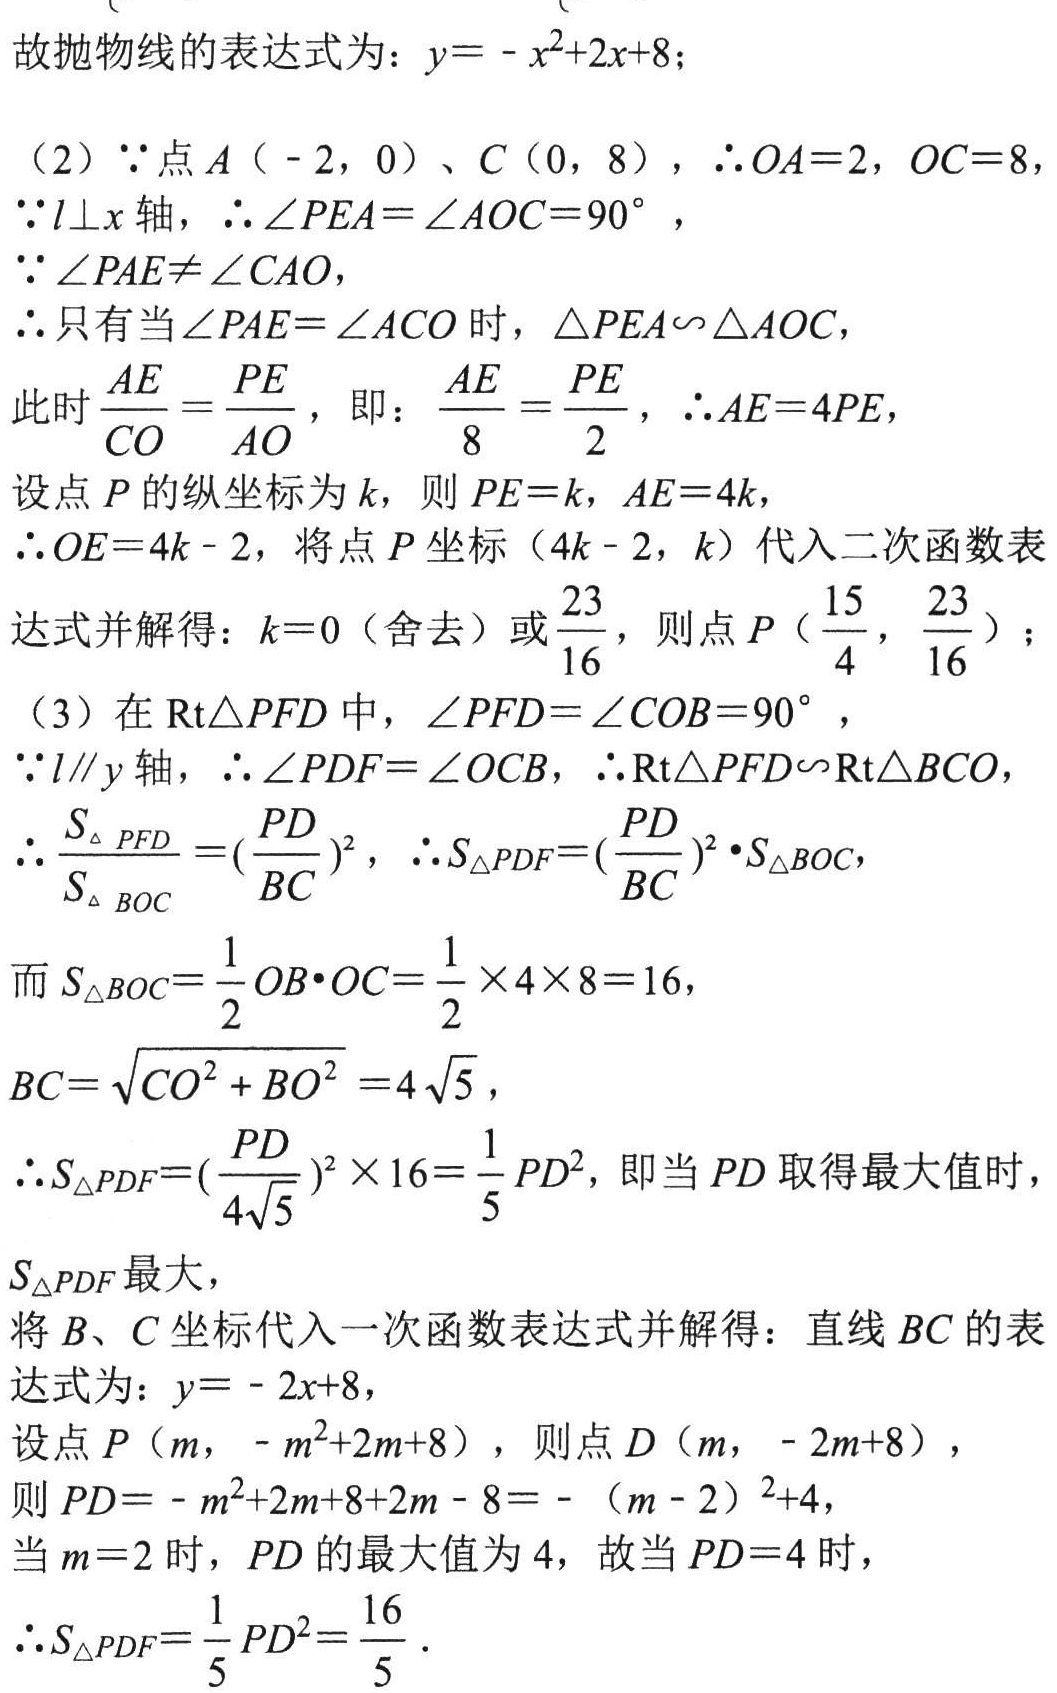
故抛物线的表达式为：\(y = -x^{2}+2x + 8\)；
(2) \(\because\)点\(A(-2,0)\)、\(C(0,8)\)，\(\therefore OA = 2\)，\(OC = 8\)，
\(\because l\perp x\)轴，\(\therefore\angle PEA=\angle AOC = 90^{\circ}\)，
\(\because\angle PAE\neq\angle CAO\)，
\(\therefore\)只有当\(\angle PAE=\angle ACO\)时，\(\triangle PEA\backsim\triangle AOC\)，
此时\(\frac{AE}{CO}=\frac{PE}{AO}\)，即：\(\frac{AE}{8}=\frac{PE}{2}\)，\(\therefore AE = 4PE\)，
设点\(P\)的纵坐标为\(k\)，则\(PE = k\)，\(AE = 4k\)，
\(\therefore OE = 4k - 2\)，将点\(P\)坐标\((4k - 2,k)\)代入二次函数表达式并解得：\(k = 0\)（舍去）或\(\frac{23}{16}\)，则点\(P(\frac{15}{4},\frac{23}{16})\)；
(3) 在\(\text{Rt}\triangle PFD\)中，\(\angle PFD=\angle COB = 90^{\circ}\)，
\(\because l\parallel y\)轴，\(\therefore\angle PDF=\angle OCB\)，\(\therefore\text{Rt}\triangle PFD\backsim\text{Rt}\triangle BCO\)，
\(\therefore\frac{S_{\triangle PFD}}{S_{\triangle BOC}}=(\frac{PD}{BC})^{2}\)，\(\therefore S_{\triangle PDF}=(\frac{PD}{BC})^{2}\cdot S_{\triangle BOC}\)，
而\(S_{\triangle BOC}=\frac{1}{2}OB\cdot OC=\frac{1}{2}\times4\times8 = 16\)，
\(BC=\sqrt{CO^{2}+BO^{2}} = 4\sqrt{5}\)，
\(\therefore S_{\triangle PDF}=(\frac{PD}{4\sqrt{5}})^{2}\times16=\frac{1}{5}PD^{2}\)，即当\(PD\)取得最大值时，\(S_{\triangle PDF}\)最大，
将\(B\)、\(C\)坐标代入一次函数表达式并解得：直线\(BC\)的表达式为：\(y = -2x + 8\)，
设点\(P(m,-m^{2}+2m + 8)\)，则点\(D(m,-2m + 8)\)，
则\(PD=-m^{2}+2m + 8 + 2m - 8=-(m - 2)^{2}+4\)，
当\(m = 2\)时，\(PD\)的最大值为\(4\)，故当\(PD = 4\)时，
\(\therefore S_{\triangle PDF}=\frac{1}{5}PD^{2}=\frac{16}{5}\)．